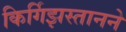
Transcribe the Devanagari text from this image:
किर्गिझस्तानने